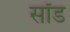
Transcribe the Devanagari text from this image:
सॉड